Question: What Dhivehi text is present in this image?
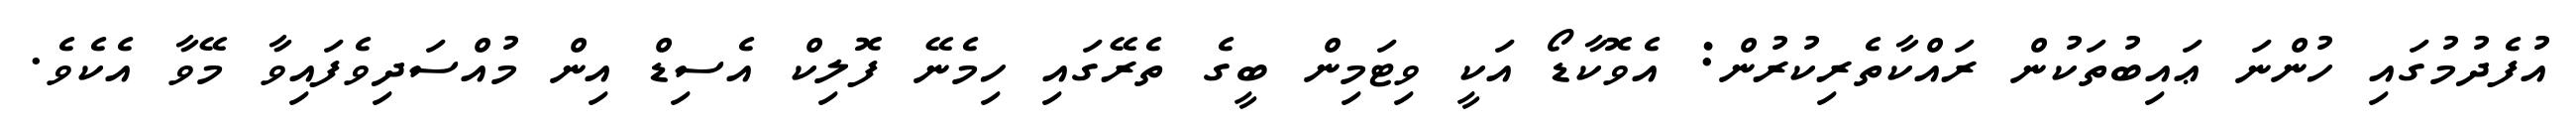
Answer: އުފެދުމުގައި ހުންނަ ޢައިބުތަކުން ރައްކާތެރިކުރުން: އެވޮކާޑޯ އަކީ ވިޓަމިން ބީގެ ތެރޭގައި ހިމެނޭ ފޮލިކް އެސިޑް އިން މުއްސަދިވެފައިވާ މޭވާ އެކެވެ.